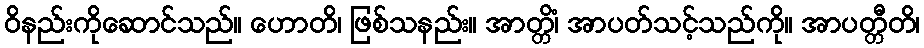
ဝိနည်းကိုဆောင်သည်။ ဟောတိ၊ ဖြစ်သနည်း။ အာတ္တိံ၊ အာပတ်သင့်သည်ကို။ အာပတ္တီတိ၊